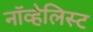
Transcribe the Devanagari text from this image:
नॉव्हेलिस्ट